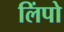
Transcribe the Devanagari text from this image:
लिंपो